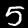
Digit: 5